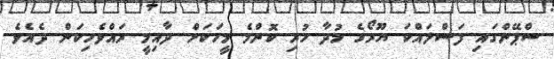
ސްޕޭންގައި ފަސްލައްކަ ޔޫރޯގެ މުދާ ހުރި ކޮންމެ މީހަކަށް ދާއިމީ ރައްވެހިކަން ދެއެވެ.